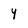
Character: Y